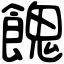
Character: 餽